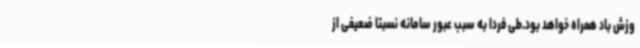
وزش باد همراه خواهد بود.طی فردا به سبب عبور سامانه نسبتا ضعیفی از